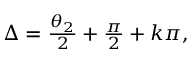
\begin{array} { r } { \Delta = \frac { \theta _ { 2 } } { 2 } + \frac { \pi } { 2 } + k \pi , } \end{array}